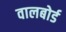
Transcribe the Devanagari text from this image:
वालबोर्ड